Papers set at the Examination for Leaving Certificates, 1892
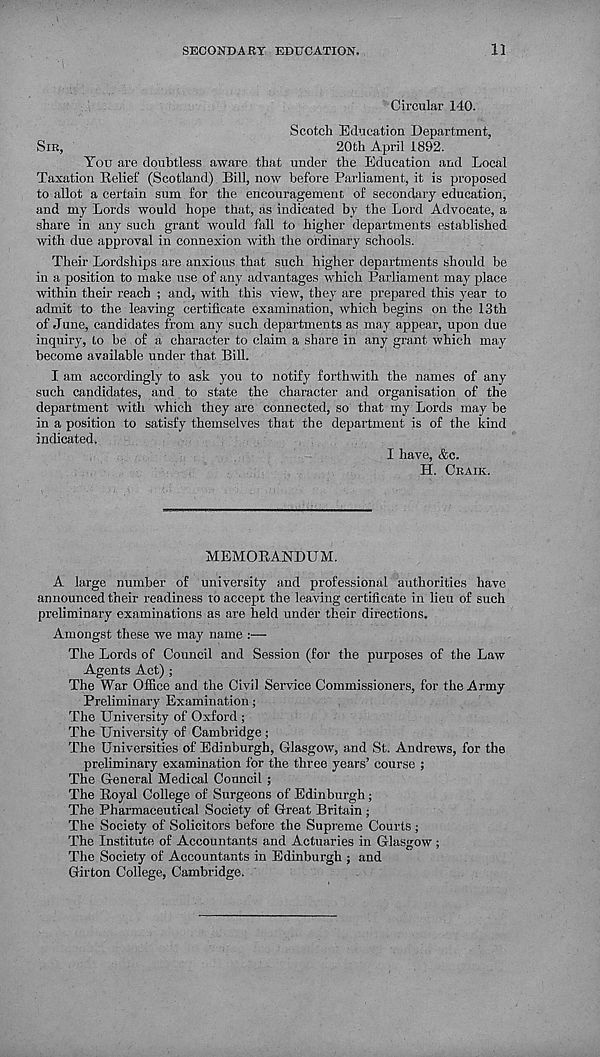
SECOND ART EDUCATION.
11
Circular 140.
Scotch Education Department,
SIR,
20th April 1892.
You are doubtless aware that under the Education and Local
Taxation Belief (Scotland) Bill, now before Parliament, it is proposed
to allot a certain sum for the encouragement of secondary education,
and my Lords would hope that, as indicated by the Lord Advocate, a
share in any such grant would fall to higher departments established
with due approval in connexion with the ordinary schools.
Their Lordships are anxious that such higher departments should be
in a position to make use of any advantages which Parliament may jdace
within their reach ; and, with this view, they are prepared this year to
admit to the leaving certificate examination, which begins on the 13th
of June, candidates from any such departments as may appear, upon due
inquiry, to be of a character to claim a share in any grant which may
become available under that Bill.
I am accordingly to ask you to notify forthwith the names of any
such candidates, and to state the character and organisation of the
department with which they are connected, so that my Lords may be
in a position to satisfy themselves that the department is of the kind
indicated.
I have, &c.
H. CRAIK.
MEMORANDUM.
A large number of university and professional authorities have
announced their readiness to accept the leaving certificate in lieu of such
preliminary examinations as are held under their directions.
Amongst these we may name :—
The Lords of Council and Session (for the purposes of the Law
Agents Act) ;
The War Office and the Civil Service Commissioners, for the Army
Preliminary Examination;
The University of Oxford ;
The University of Cambridge ;
The Universities of Edinburgh, Glasgow, and St. Andrews, for the
preliminary examination for the three years’ course ;
The General Medical Council ;
The Royal College of Surgeons of Edinburgh;
The Pharmaceutical Society of Great Britain ;
The Society of Solicitors before the Supreme Courts ;
The Institute of Accountants and Actuaries in Glasgow ;
The Society of Accountants in Edinburgh ; and
Girton College, Cambridge.